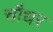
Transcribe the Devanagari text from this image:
चौधर